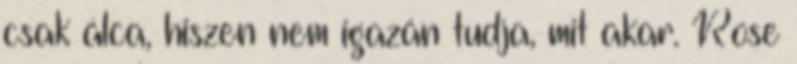
csak álca, hiszen nem igazán tudja, mit akar. Rose